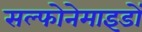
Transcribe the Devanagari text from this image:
सल्फोनेमाइडों